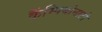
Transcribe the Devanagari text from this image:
कैंम्पियोनाटो